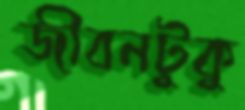
জীবনটুকু